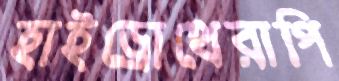
হাইড্রোথেরাপি